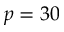
p = 3 0